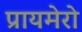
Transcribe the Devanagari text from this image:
प्रायमेरो